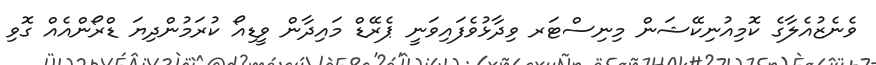
ވެނެޒުއެލާގެ ކޮމިއުނިކޭޝަން މިނިސްޓަރ ވިދާޅުވެފައިވަނީ ޕެރޭޑް މައިދާން ވީޑިއޯ ކުރަމުންދިޔަ ޑްރޯންއެއް ގޮވި